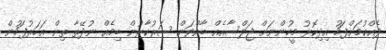
ދެއްކުމަށްފަހު އިދިކޮޅު މީހުންނަށް ޖަލްސާއެއް ބާއްވަން ސަރުކާރުން ބިމެއް ނުދޭތާ ތިން އަހަރުފަހުން